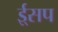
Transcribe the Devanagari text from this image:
ई्सप